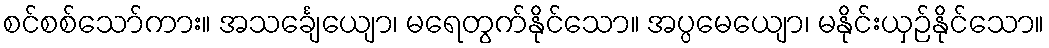
စင်စစ်သော်ကား။ အသင်္ချေယျော၊ မရေတွက်နိုင်သော။ အပ္ပမေယျော၊ မနိုင်းယှဉ်နိုင်သော။